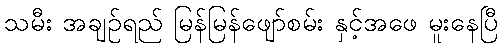
သမီး အချဉ်ရည် မြန်မြန်ဖျော်စမ်း နှင့်အဖေ မူးနေပြီ